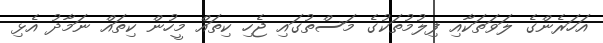
އަހަރެންގެ ލަވަތަކާއި ފިލުމުތަކުގެ މަސްތުގައި ޖެހި ކިތައް މީހުން ކިތައް ނަމާދު އެޅި